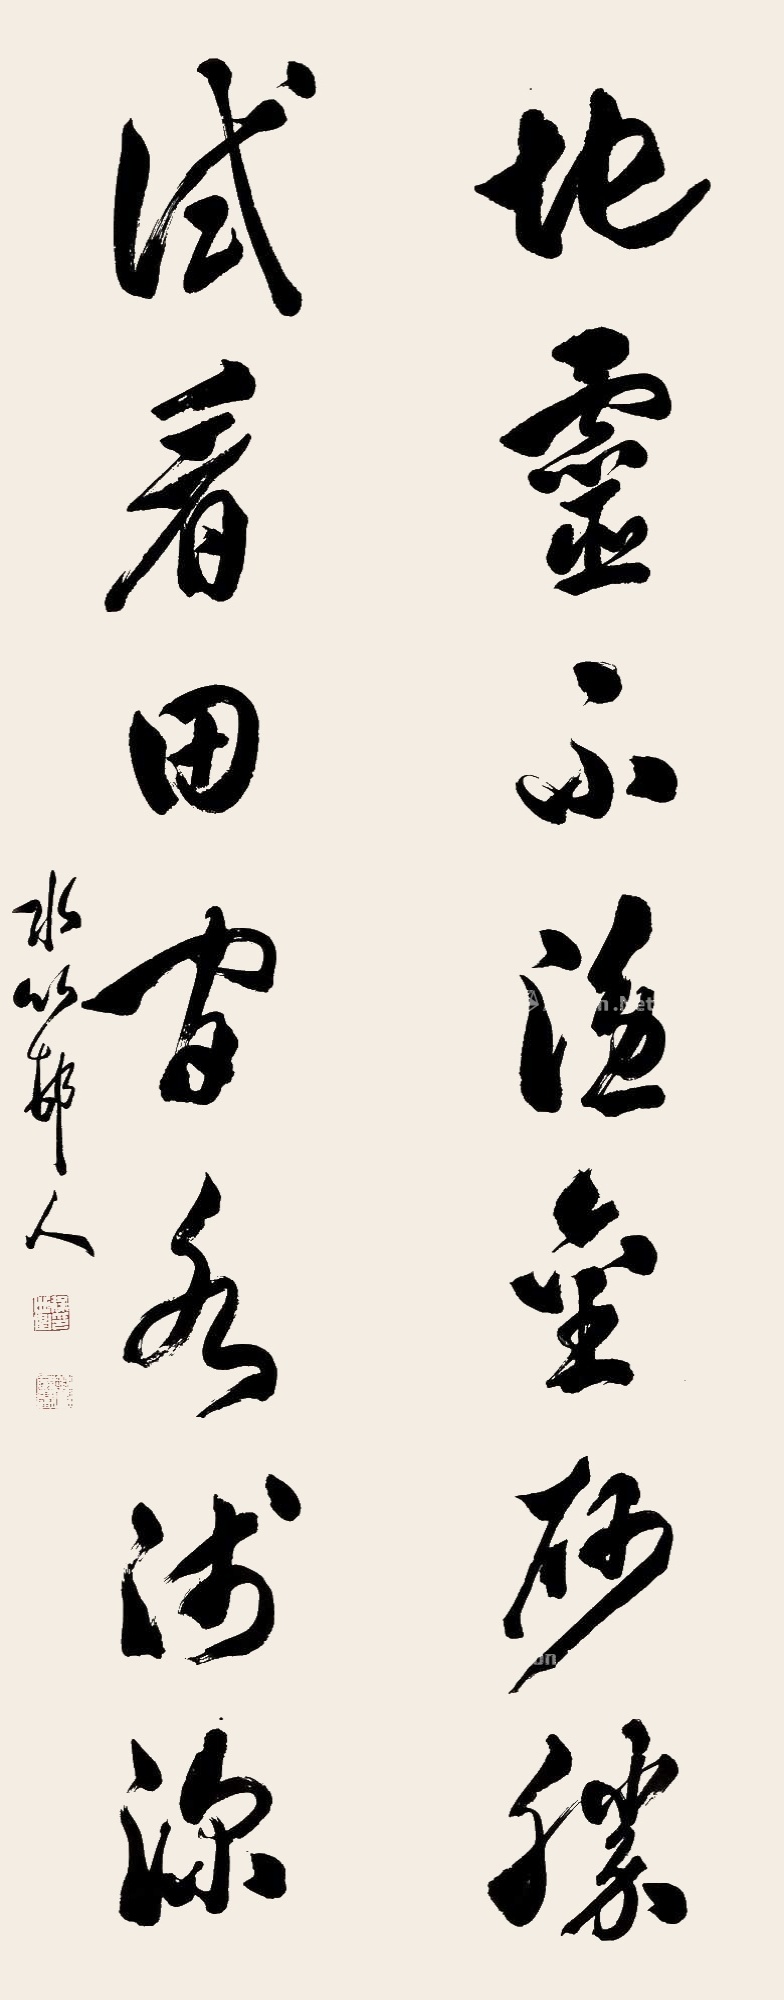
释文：地灵不隐金砂胜，试看田间水浅深。水竹邨人。